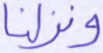
ونزلنا